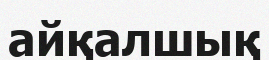
айқалшық